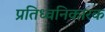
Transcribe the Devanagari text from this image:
प्रतिध्वनिकारक